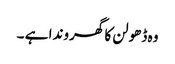
وہ ڈھولن کا گھروندا ہے ۔